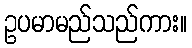
ဥပမာမည်သည်ကား။